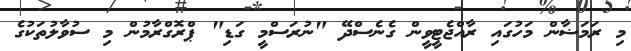
މި ރަމަޟާން މަހުގައި ރާއްޖެޓީވީން ގެނެސްދޭ "ނުރަސްމީ ގަޑި" ޕްރޮގްރާމުން މި ސުވާލުތަކުގެ